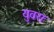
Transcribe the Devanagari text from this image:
युवरा